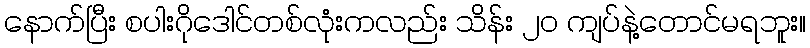
နောက်ပြီး စပါးဂိုဒေါင်တစ်လုံးကလည်း သိန်း ၂၀ ကျပ်နဲ့တောင်မရဘူး။